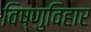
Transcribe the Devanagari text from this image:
विष्णुविहार